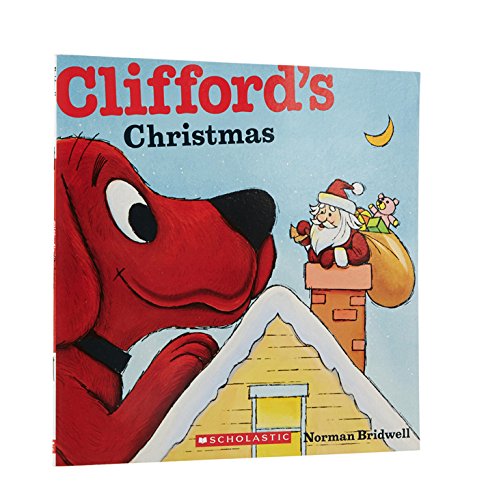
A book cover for Clifford's Christmas; Norman Bridwell; Children's Books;